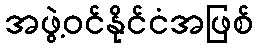
အဖွဲ့ဝင်နိုင်ငံအဖြစ်